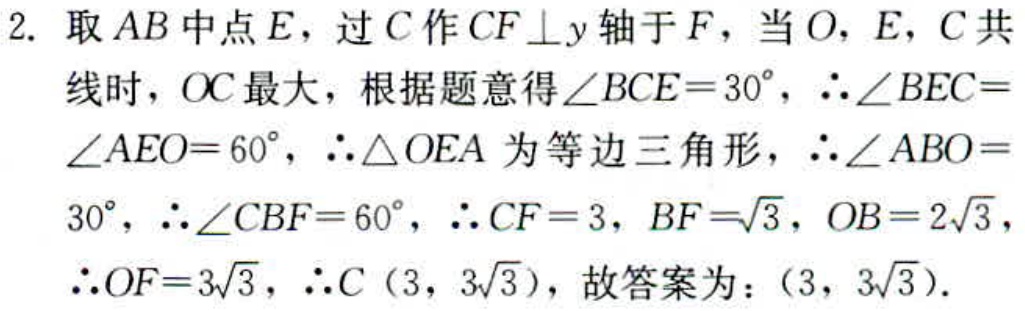
2. 取 \(AB\) 中点 \(E\)，过 \(C\) 作 \(CF\perp y\) 轴于 \(F\)，当 \(O\)，\(E\)，\(C\) 共线时，\(OC\) 最大，根据题意得\(\angle BCE = 30^{\circ}\)，\(\therefore\angle BEC=\angle AEO = 60^{\circ}\)，\(\therefore\triangle OEA\) 为等边三角形，\(\therefore\angle ABO = 30^{\circ}\)，\(\therefore\angle CBF = 60^{\circ}\)，\(\therefore CF = 3\)，\(BF=\sqrt{3}\)，\(OB = 2\sqrt{3}\)，\(\therefore OF = 3\sqrt{3}\)，\(\therefore C(3,3\sqrt{3})\)，故答案为：\((3,3\sqrt{3})\)。